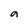
Character: a